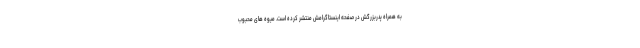
به همراه پدربزرگش در صفحه اینستاگرامش منتشر کرده است. میوه های محبوب